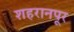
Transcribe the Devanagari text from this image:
शहरानपूर